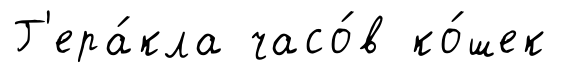
Г'ера́кла часо́в ко́шек